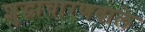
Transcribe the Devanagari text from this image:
शुद्धाचारणवाले